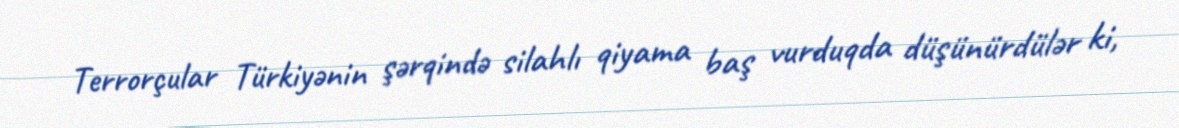
Terrorçular Türkiyənin şərqində silahlı qiyama baş vurduqda düşünürdülər ki,